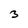
Character: 3